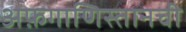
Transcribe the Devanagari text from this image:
अफ़गाणिस्तानची